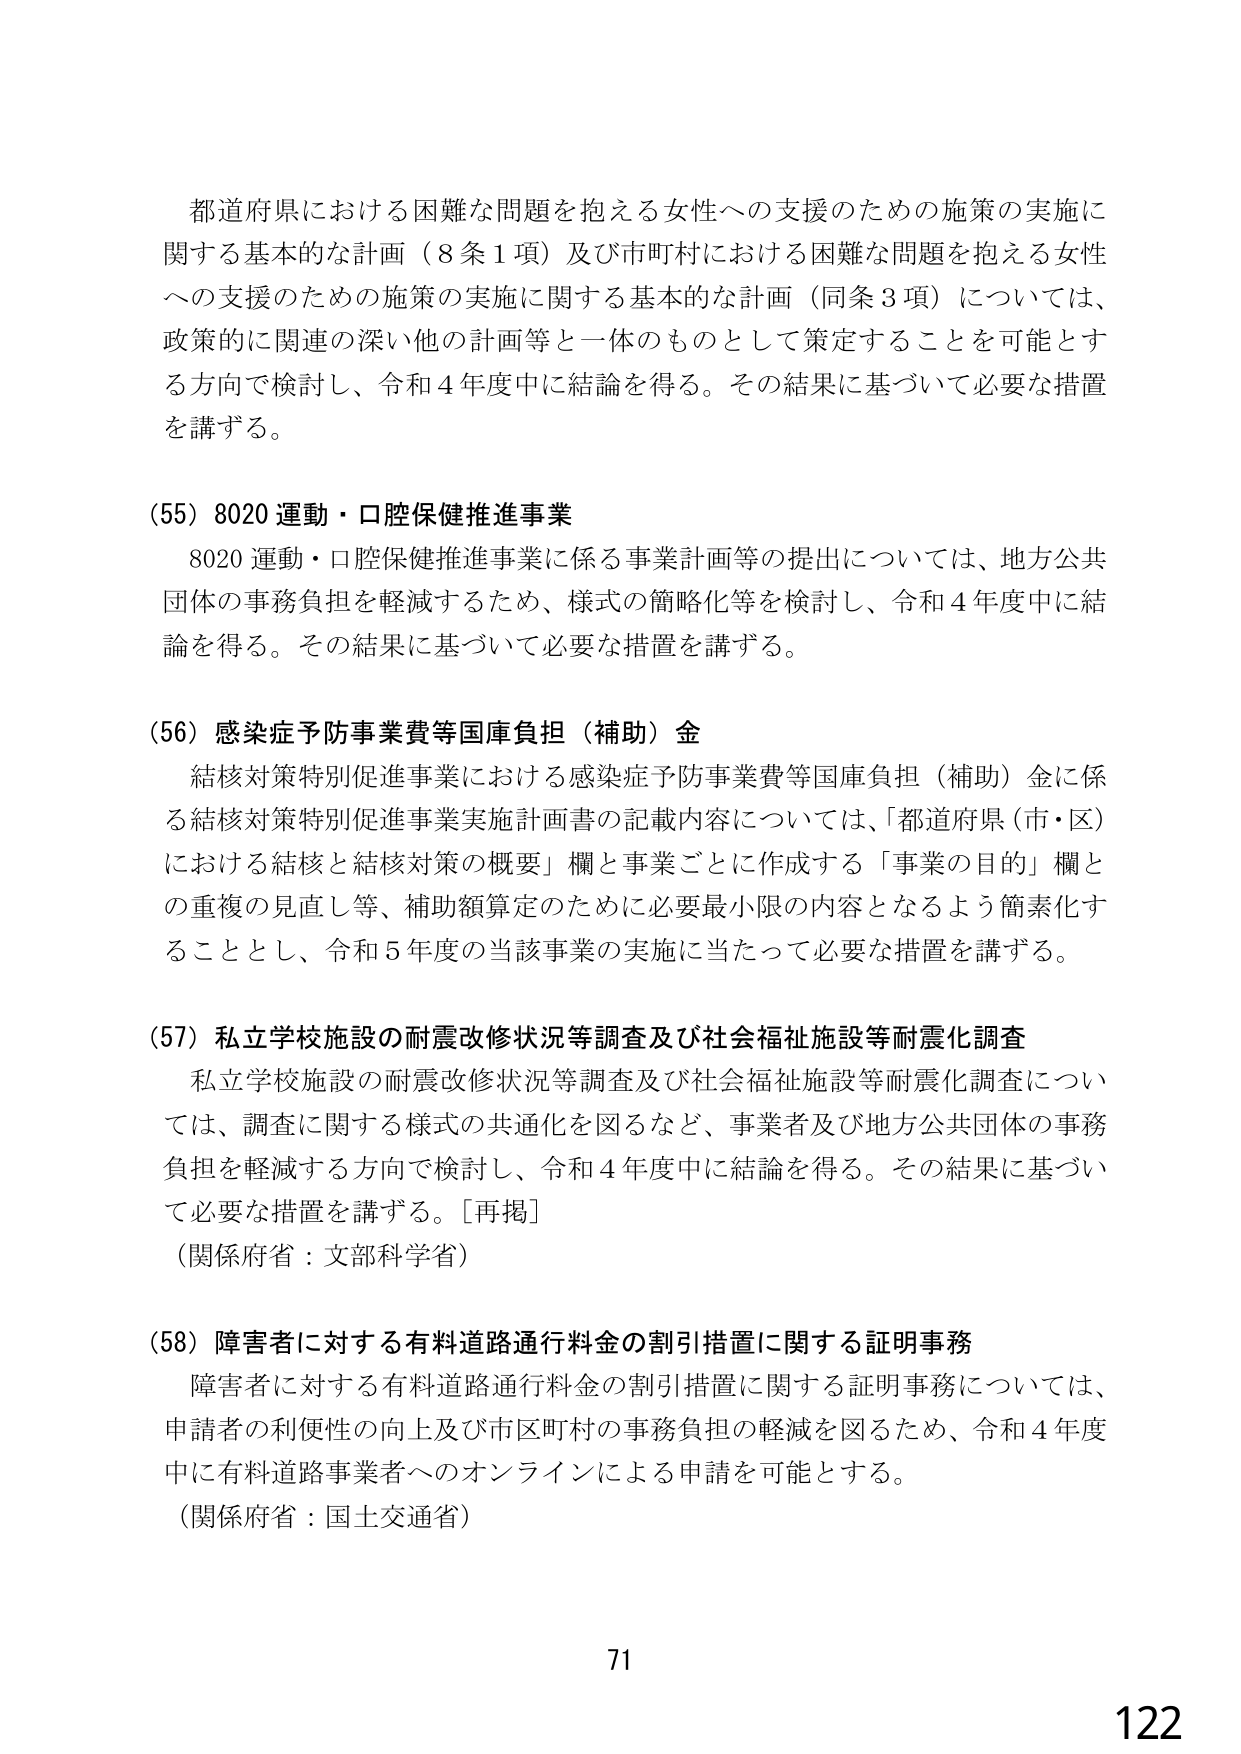
都道府県における困難な問題を抱える女性への支援のための施策の実施に関する基本的な計画（8条1項）及び市町村における困難な問題を抱える女性への支援のための施策の実施に関する基本的な計画（同条3項）については、政策的に関連の深い他の計画等と一体のものとして策定することを可能とする方向で検討し、令和4年度中に結論を得る。その結果に基づいて必要な措置を講ずる。

(55) 8020運動・口腔保健推進事業
8020運動・口腔保健推進事業に係る事業計画等の提出については、地方公共団体の事務負担を軽減するため、様式の簡略化等を検討し、令和4年度中に結論を得る。その結果に基づいて必要な措置を講ずる。

(56) 感染症予防事業費等国庫負担（補助）金
結核対策特別促進事業における感染症予防事業費等国庫負担（補助）金に係る結核対策特別促進事業実施計画書の記載内容については、「都道府県（市・区）における結核と結核対策の概要」欄と事業ごとに作成する「事業の目的」欄との重複の見直し等、補助額算定のために必要最小限の内容となるよう簡素化することとし、令和5年度の当該事業の実施に当たって必要な措置を講ずる。

(57) 私立学校施設の耐震改修状況等調査及び社会福祉施設等耐震化調査
私立学校施設の耐震改修状況等調査及び社会福祉施設等耐震化調査については、調査に関する様式の共通化を図るなど、事業者及び地方公共団体の事務負担を軽減する方向で検討し、令和4年度中に結論を得る。その結果に基づいて必要な措置を講ずる。[再掲]
（関係府省：文部科学省）

(58) 障害者に対する有料道路通行料金の割引措置に関する証明事務
障害者に対する有料道路通行料金の割引措置に関する証明事務については、申請者の利便性の向上及び市区町村の事務負担の軽減を図るため、令和4年度中に有料道路事業者へのオンラインによる申請を可能とする。
（関係府省：国土交通省）

71
122